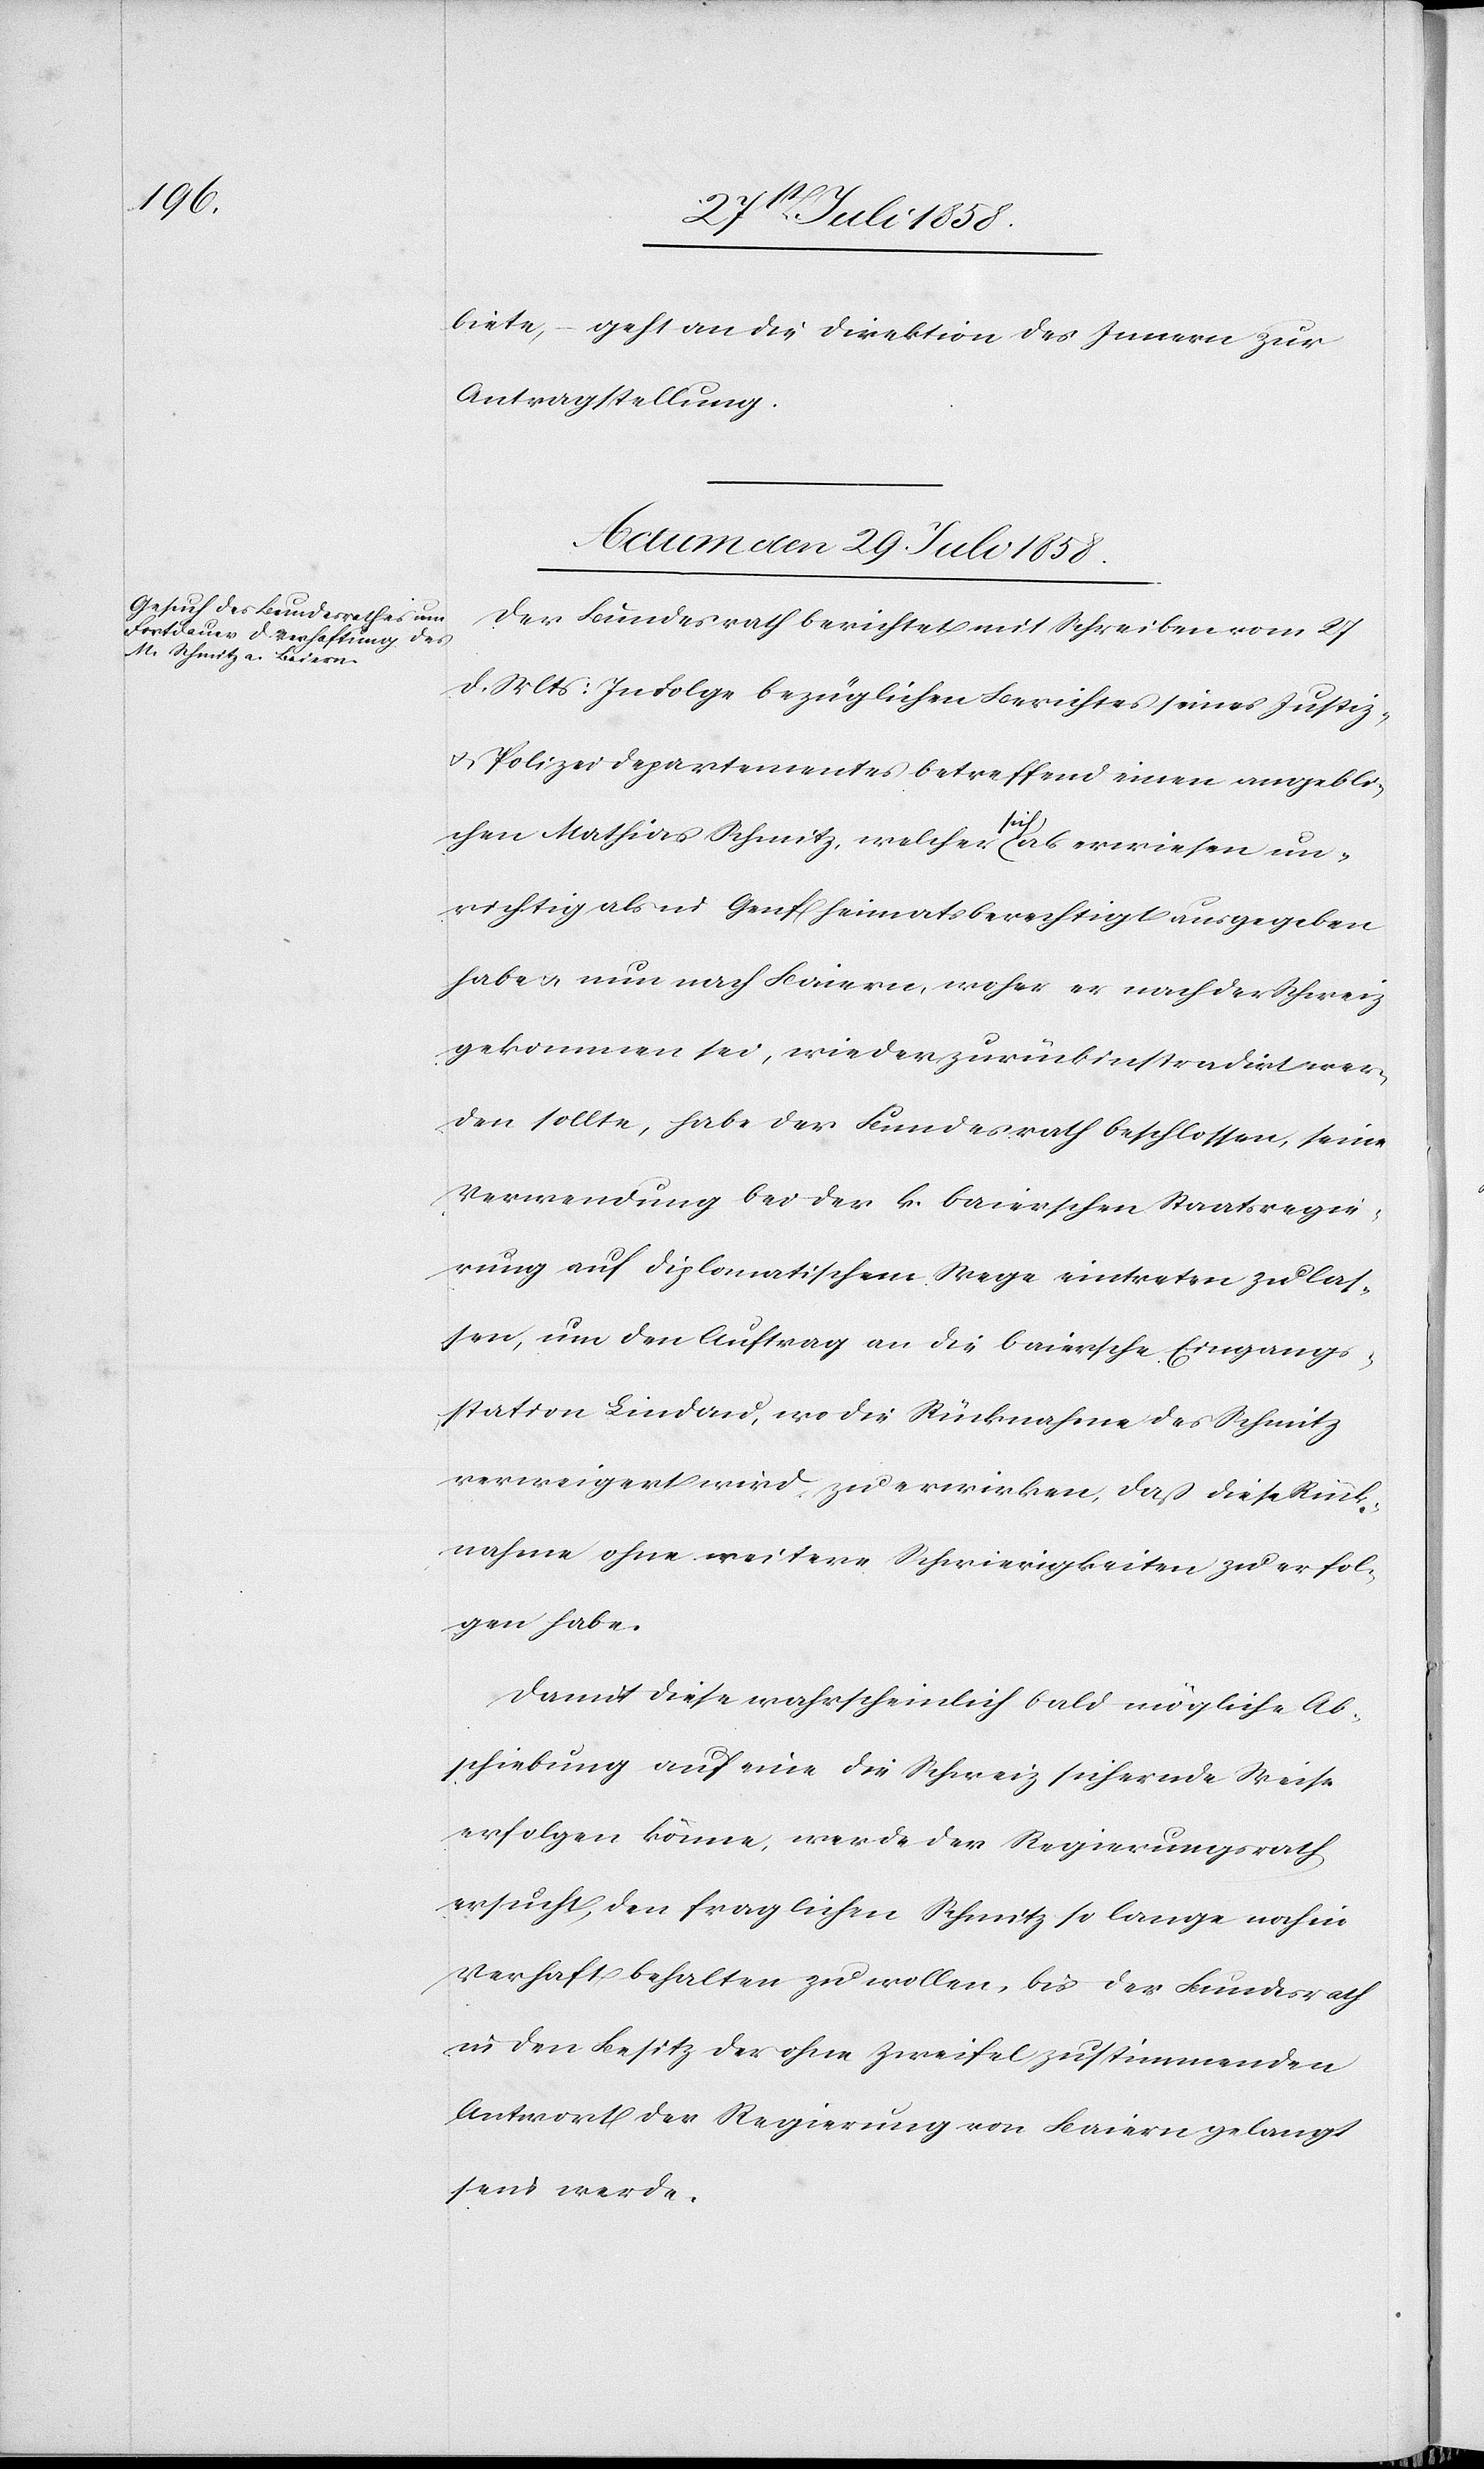
biete, – geht an die Direktion des Innern zur
Antragstellung.
Actum den 29. Juli 1858.
Der Bundesrath berichtet mit Schreiben vom 27
d. Mts: In Folge bezüglichen Berichtes seines Justiz-
& Polizeidepartementes betreffend einen angebli¬
chen Mathias Schmitz, welcher sich als erwiesen un¬
richtig als in Genf heimatsberechtigt ausgegeben
habe & nun nach Baiern, woher er nach der Schweiz
gekommen sei, wieder zurückinstradirt wer¬
den sollte, habe der Bundesrath beschlossen, seine
Verwendung bei der k. baierschen Staatsregie¬
rung auf diplomatischem Wege eintreten zu las¬
sen, um den Auftrag an die baiersche Eingangs¬
station Lindau, wo die Rücknahme des Schmitz
verweigert wird, zu erwirken, daß diese Rück¬
nahme ohne weitere Schwierigkeiten zu erfol¬
gen habe.
Damit diese wahrscheinlich bald mögliche Ab¬
schiebung auf eine die Schweiz sichernde Weise
erfolgen könne, werde der Regierungsrath
ersucht, den fraglichen Schmitz so lange noch in
Verhaft behalten zu wollen, bis der Bundesrath
in den Besitz der ohne Zweifel zustimmenden
Antwort der Regierung von Baiern gelangt
sein werde.